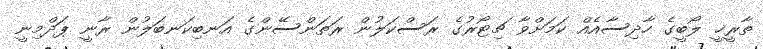
ތާރީޚީ ލޯބީގެ ހާދިސާއެއް ކަމަށްވާ ޗިޓޯރުގެ ރަސްކަލުން ރަތަންސޭންގެ އަނބިކަނބަލުން ރާނީ ޕަދްމިނީ